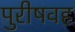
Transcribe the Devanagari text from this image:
पुरीषवह